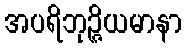
အပရိဘုဉ္ဇိယမာနာ